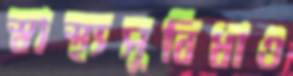
স্বাস্থ্যসুবিধাও